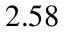
2 . 5 8